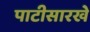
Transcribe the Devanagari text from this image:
पाटीसारखे